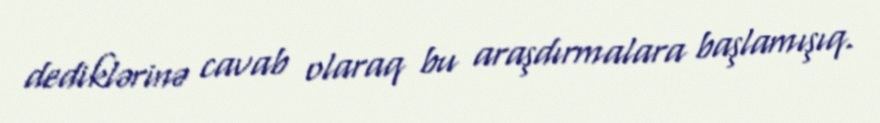
dediklərinə cavab olaraq bu araşdırmalara başlamışıq.